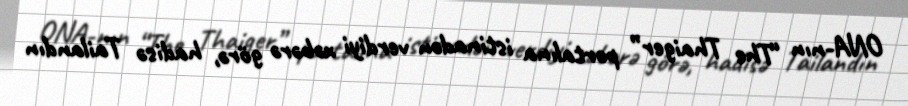
ONA-nın “The Thaiger” portalına istinadən verdiyi xəbərə görə, hadisə Tailandın